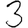
Digit: 3